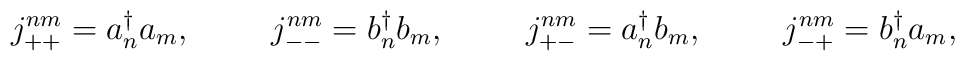
j_{++}^{nm}=a_n^\dagger a_m, \hspace{1cm}   j_{--}^{nm}=b_n^\dagger b_m, \hspace{1cm}   j_{+-}^{nm}=a_n^\dagger b_m, \hspace{1cm}   j_{-+}^{nm}=b_n^\dagger a_m,